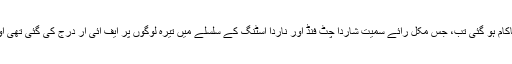
اسی طرح مغربی بنگال میں جب پارٹی کے قدم جمانے کی ہر کوشش بھاجپا کی ناکام ہو گئی تب، جس مکل رائے سمیت شاردا چٹ فنڈ اور ناردا اسٹنگ کے سلسلے میں تیرہ لوگوں پر ایف آئی آر درج کی گئی تھی اور سی بی آئی کے پاس مکل رائے کے گھوٹالوں میں شامل ہونے کے ثبوت تھے۔